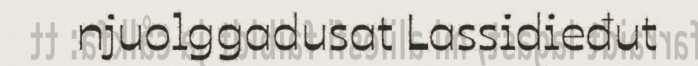
njuolggadusat Lassidieđut